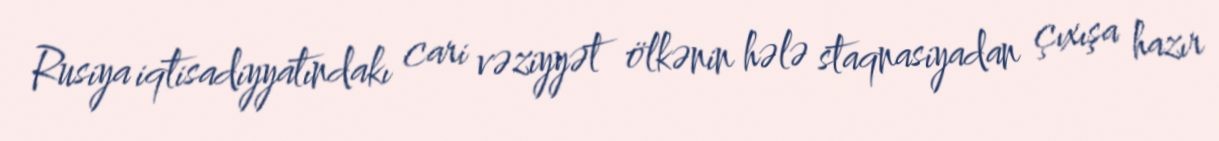
Rusiya iqtisadiyyatındakı cari vəziyyət ölkənin hələ staqnasiyadan çıxışa hazır